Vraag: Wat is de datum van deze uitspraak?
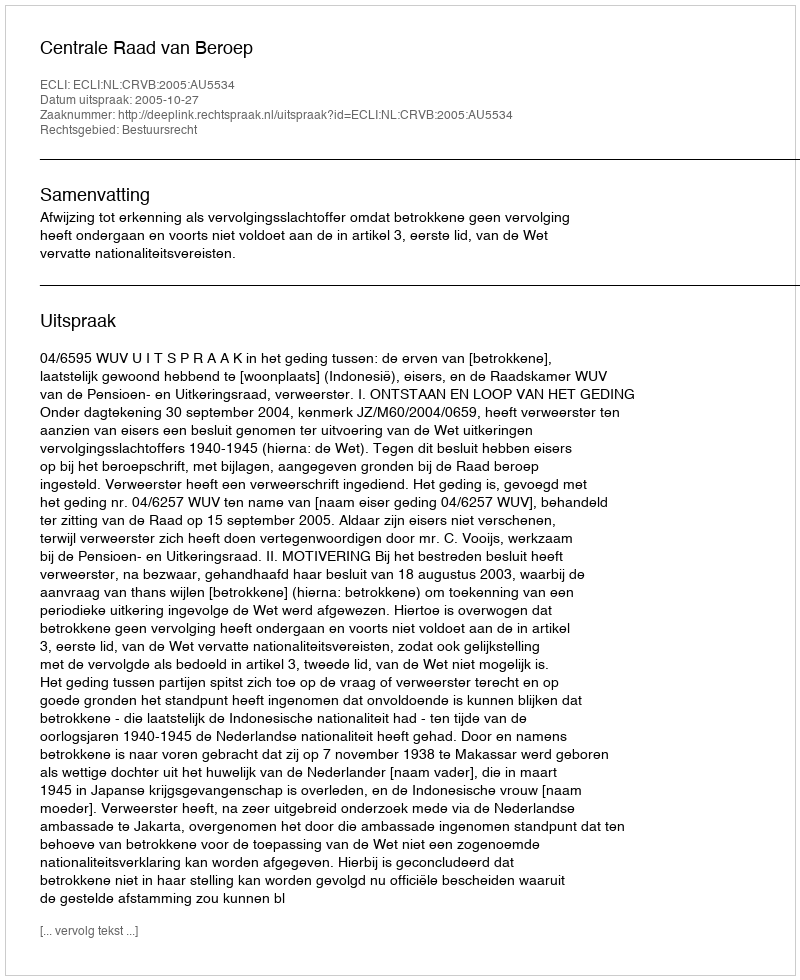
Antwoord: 2005-10-27